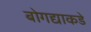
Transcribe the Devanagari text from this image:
बोगद्याकडे